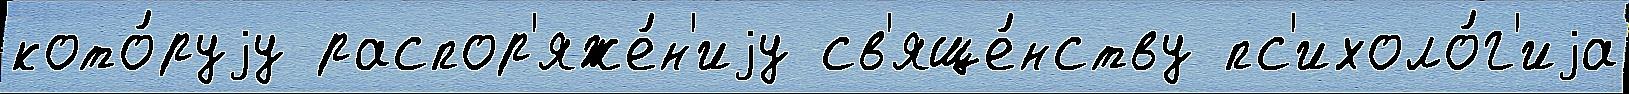
кото́руjу распор'яже́н'иjу св'яще́нству пс'ихоло́г'иjа